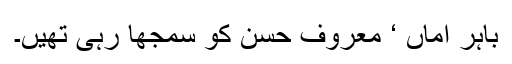
باہر اماں ‘ معروف حسن کو سمجھا رہی تھیں۔